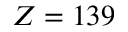
Z = 1 3 9